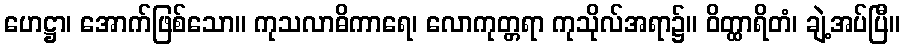
ဟေဋ္ဌာ၊ အောက်ဖြစ်သော။ ကုသလာဓိကာရေ၊ လောကုတ္တရာ ကုသိုလ်အရာ၌။ ဝိတ္ထာရိတံ၊ ချဲ့အပ်ပြီ။